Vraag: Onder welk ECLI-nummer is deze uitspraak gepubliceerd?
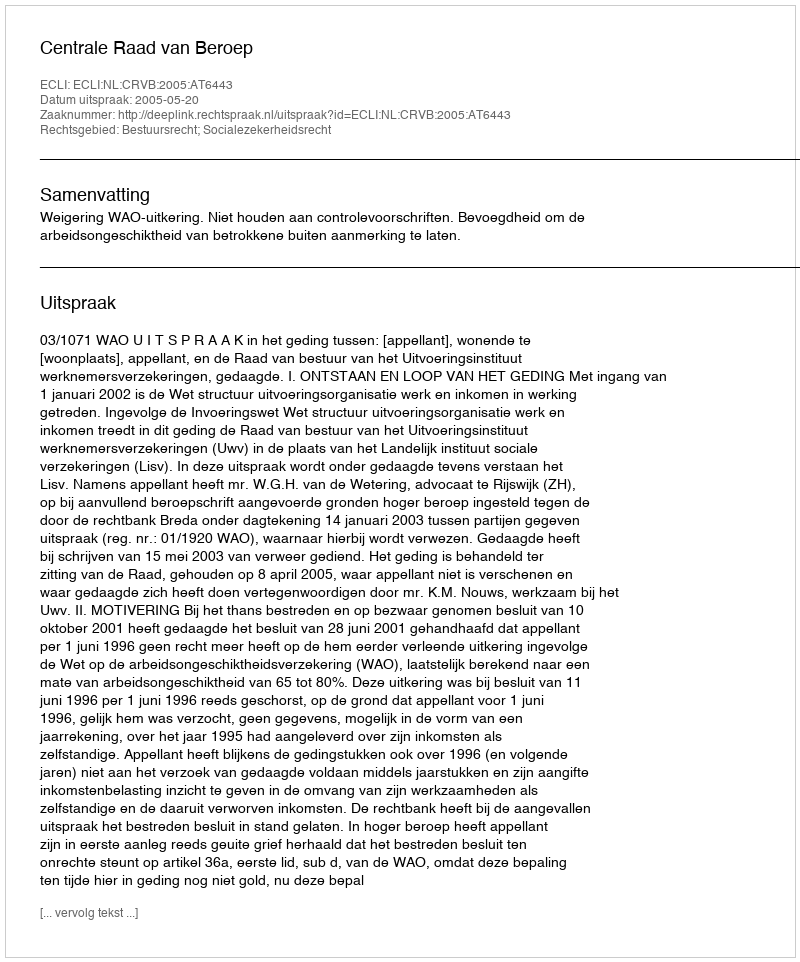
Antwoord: ECLI:NL:CRVB:2005:AT6443